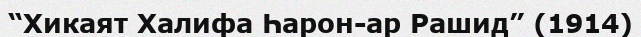
“Хикаят Халифа Һарон-ар Рашид” (1914)